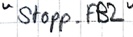
Text: "Stopp_FB2"